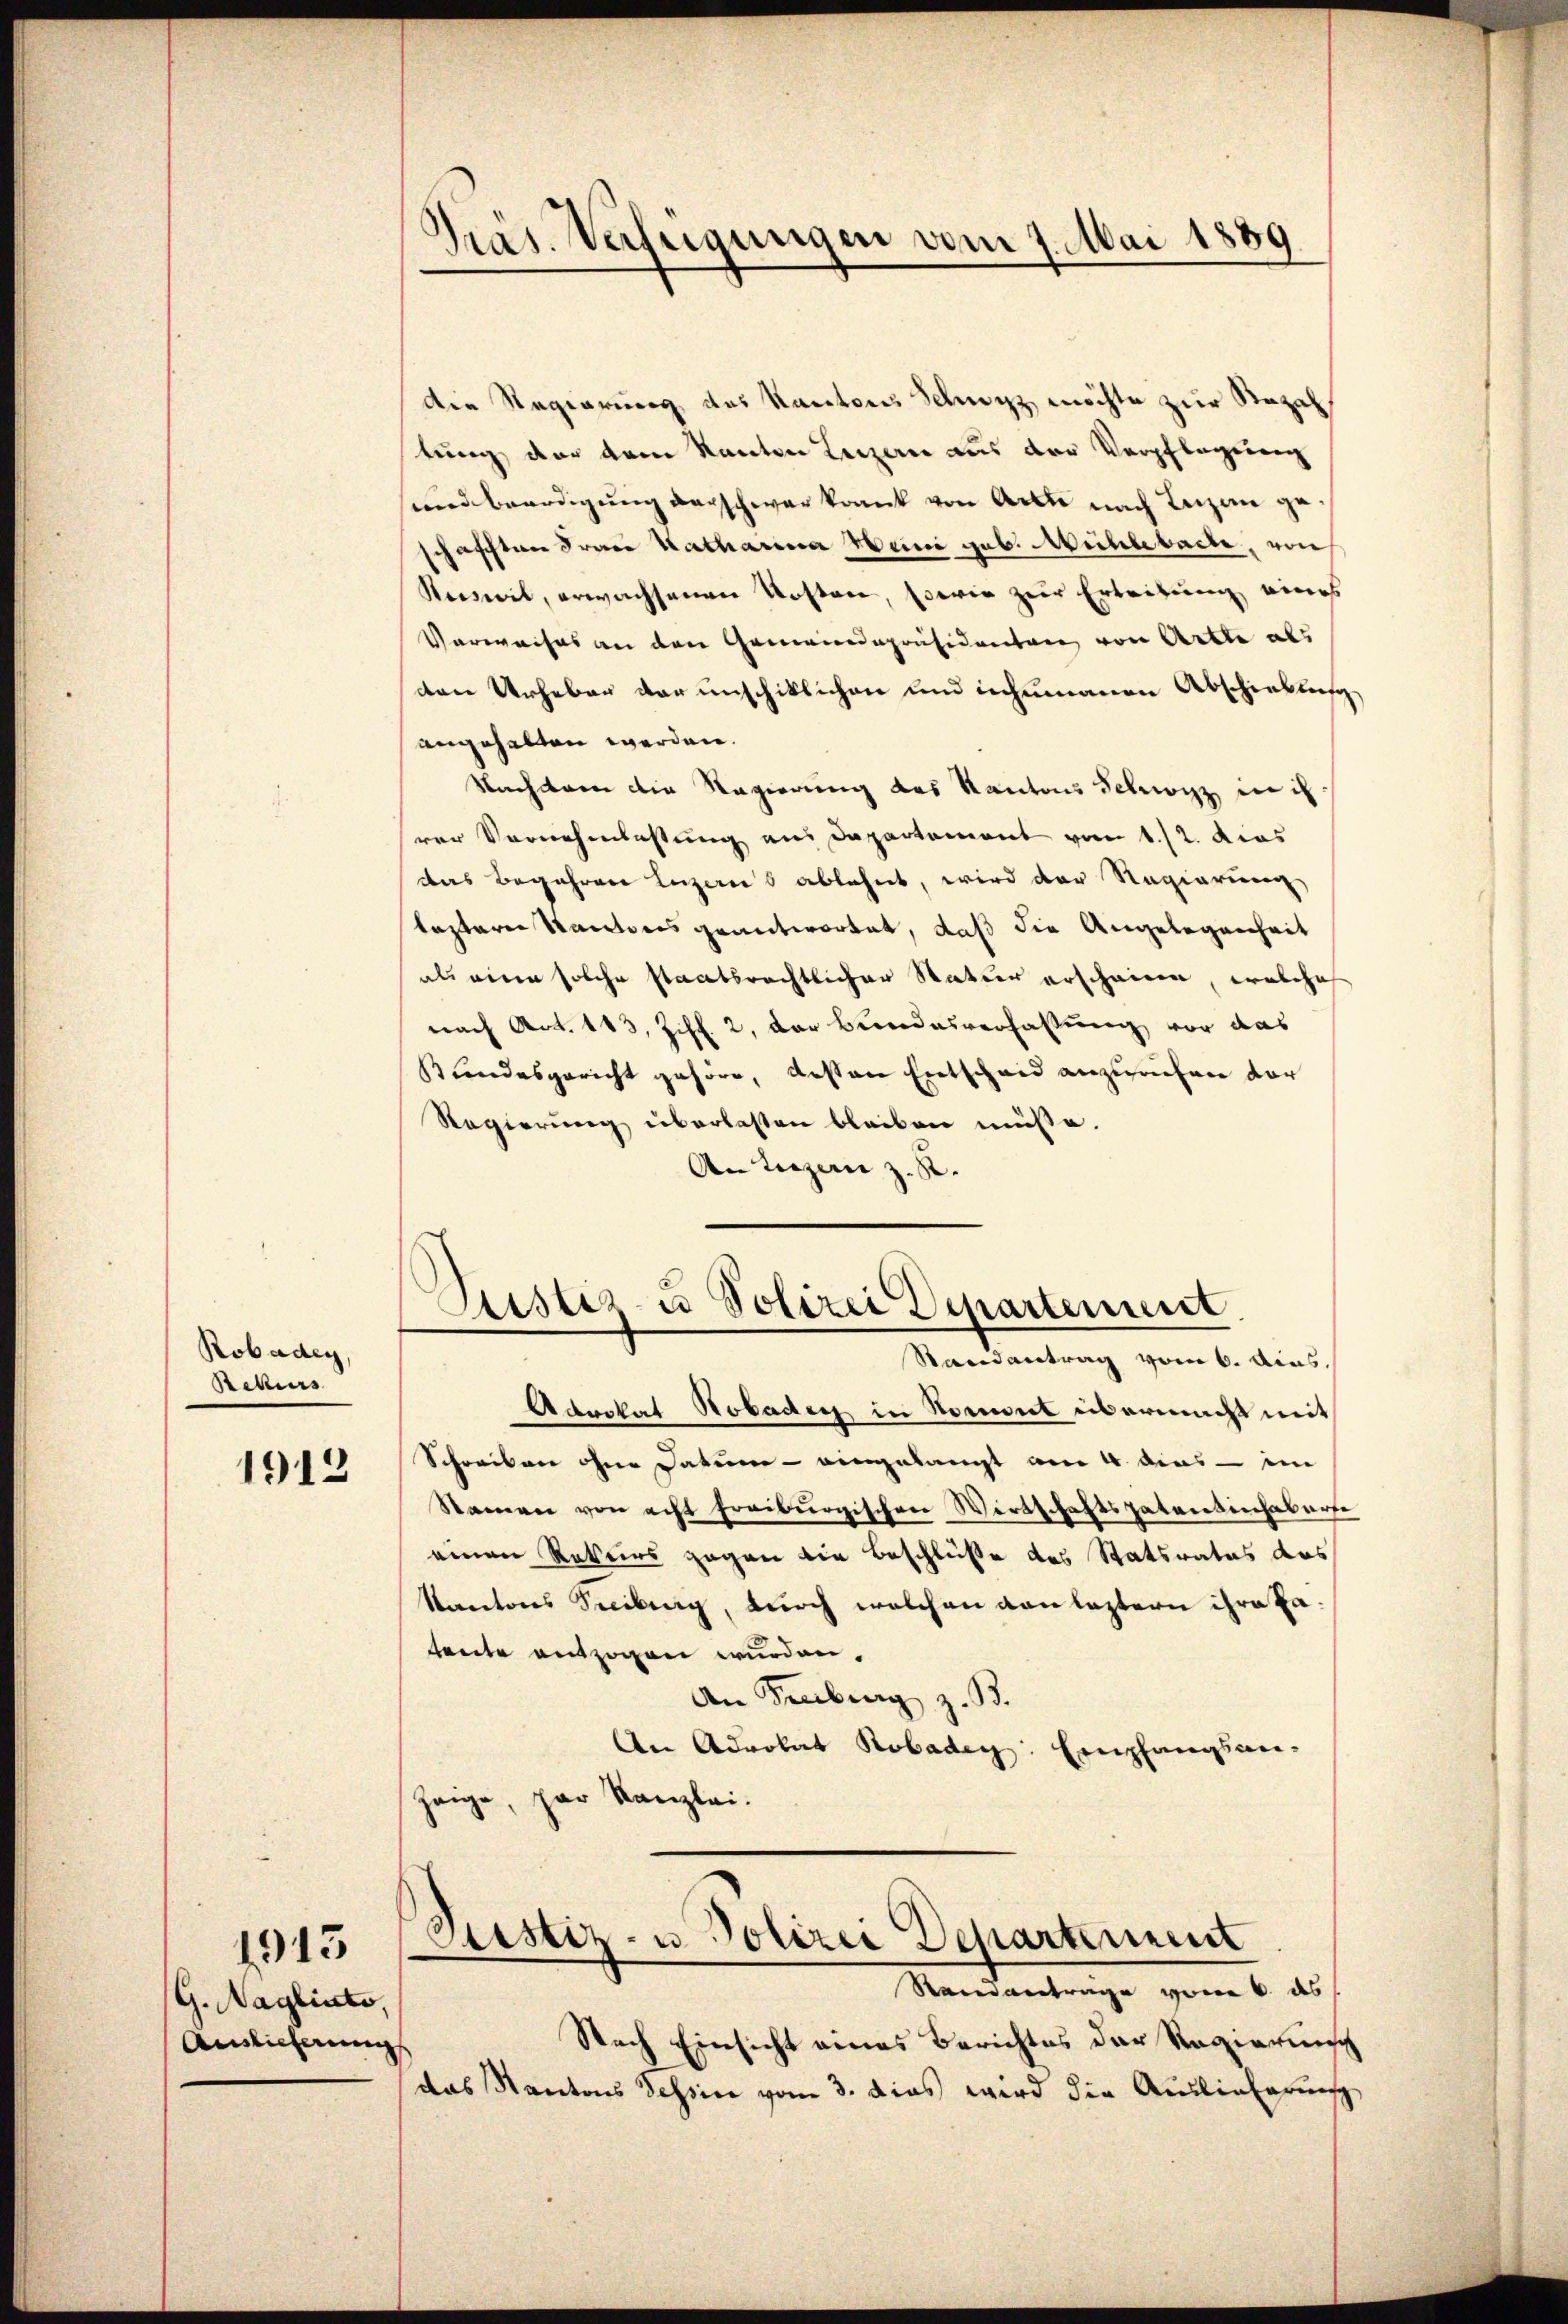
Robadey,
Rekurs

1912

G. Nagliato,
Auslieferung

1915

)
Pras. Verfügungen vom 7. Mai 1889

die Regierung des Kantons Schwyz möchte zur Rezal
tung der dem Kanton Luzern aus der Verpflegung
und beerdigung verschwar krank von Acte nach Luzen geschafften Frau Katharina Heini geb. Mühlebache, von
Reiserit, erwachsenen Kosten, sowie zur Erleitung eines
Verweises an den Gemeindepräsidenten von Artte als
den Urheben der unschiklichen und inhumanen Abschiebtes
angehalten werden.
Nachdem die Regierung des Kantons Schwyz in ih
rer Vornehmlastung aus Departement vom 1./2. dies
das Begehren Luzerns ablehnt, wird der Regierung
lezteren Sacrtonis geantwortet, daß die Angelegenheit
als eine solche staatsrechtlicher Natur erscheinen, welches
nach Art. 113, Ziff. 2, der Beredesverfassung vor das
Bundesgericht gehöre, besten Entscheid anzurufen der
Regierung überlassen bleiben müsse.
An Luzern z. R.

Advokat Hobaders in Koment übermacht mit
Schreiben ohne Datum - eingelangt am 4. dies - im
Namen von acht freiburgischen Wirtschaftspatentinhaberse
einen Rekurs gegen die Beschlüße des Statsrates das
Kantons Freiburg, durch welchen von leztern ihre Fatente entzogen wurden.
An Senburg z. B.
An Advokat Robaden Empfangsanzeige, par Kanzlei.

Justiz- u Polizei Departement
Randantrag vom 6. Ains.

Justiz- u. Polizei Departement
Reievertrage vom 6. ds

Nach Einsicht eines Berichtes der Regierung
d
das Kantons Tessin vom 3. dies wird die Auslieferung